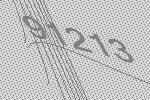
91213